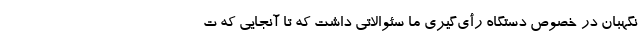
نگهبان در خصوص دستگاه رأی‌گیری ما سئوالاتی داشت که تا آنجایی که ت